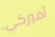
أميركي